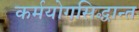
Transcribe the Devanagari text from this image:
कर्मयोगसिद्धान्त